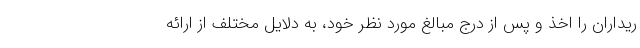
ریداران را اخذ و پس از درج مبالغ مورد نظر خود، به دلایل مختلف از ارائه